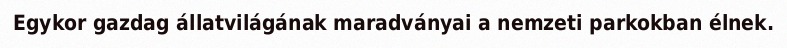
Egykor gazdag állatvilágának maradványai a nemzeti parkokban élnek.